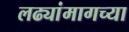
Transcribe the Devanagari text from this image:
लढ्यांमागच्या